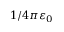
1 / 4 \pi \varepsilon _ { 0 }